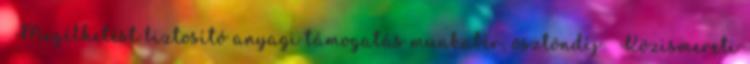
 Megélhetést biztosító anyagi támogatás munkabér, ösztöndíj  Közismereti